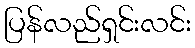
ပြန်လည်ရှင်းလင်း